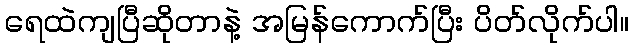
ရေထဲကျပြီဆိုတာနဲ့ အမြန်ကောက်ပြီး ပိတ်လိုက်ပါ။